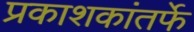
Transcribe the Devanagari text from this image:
प्रकाशकांतर्फे